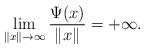
LaTeX: \begin{align*} \lim_{\|x\|\rightarrow\infty}\frac{\Psi(x)}{\|x\|}= +\infty. \end{align*}